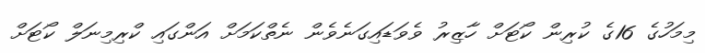
މިމަހުގެ 16ގެ ކުރިން ކޯޓަށް ހާޒިރު ވެވަޑައިގަނެވެން ނެތްކަމަށް އަންގައި ކްރިމިނަލް ކޯޓަށް